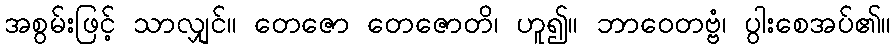
အစွမ်းဖြင့် သာလျှင်။ တေဇော တေဇောတိ၊ ဟူ၍။ ဘာဝေတဗ္ဗံ၊ ပွါးစေအပ်၏။